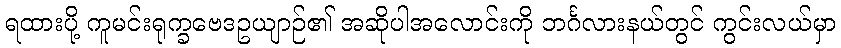
ရထားပို့ ကူမင်းရုက္ခဗေဒဥယျာဉ်၏ အဆိုပါအလောင်းကို ဘင်္ဂလားနယ်တွင် ကွင်းလယ်မှာ